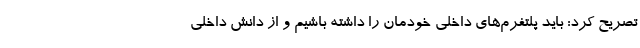
تصریح کرد: باید پلتفرم‌های داخلی خودمان را داشته باشیم و از دانش داخلی